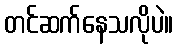
တင်ဆက်နေသလိုပဲ။